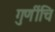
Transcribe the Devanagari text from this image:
गुणींचि